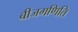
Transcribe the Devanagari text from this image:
बीजगणिति